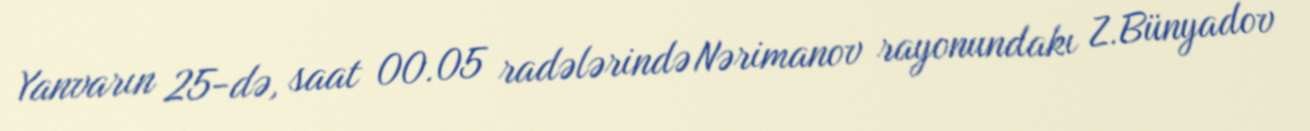
Yanvarın 25-də, saat 00.05 radələrində Nərimanov rayonundakı Z.Bünyadov